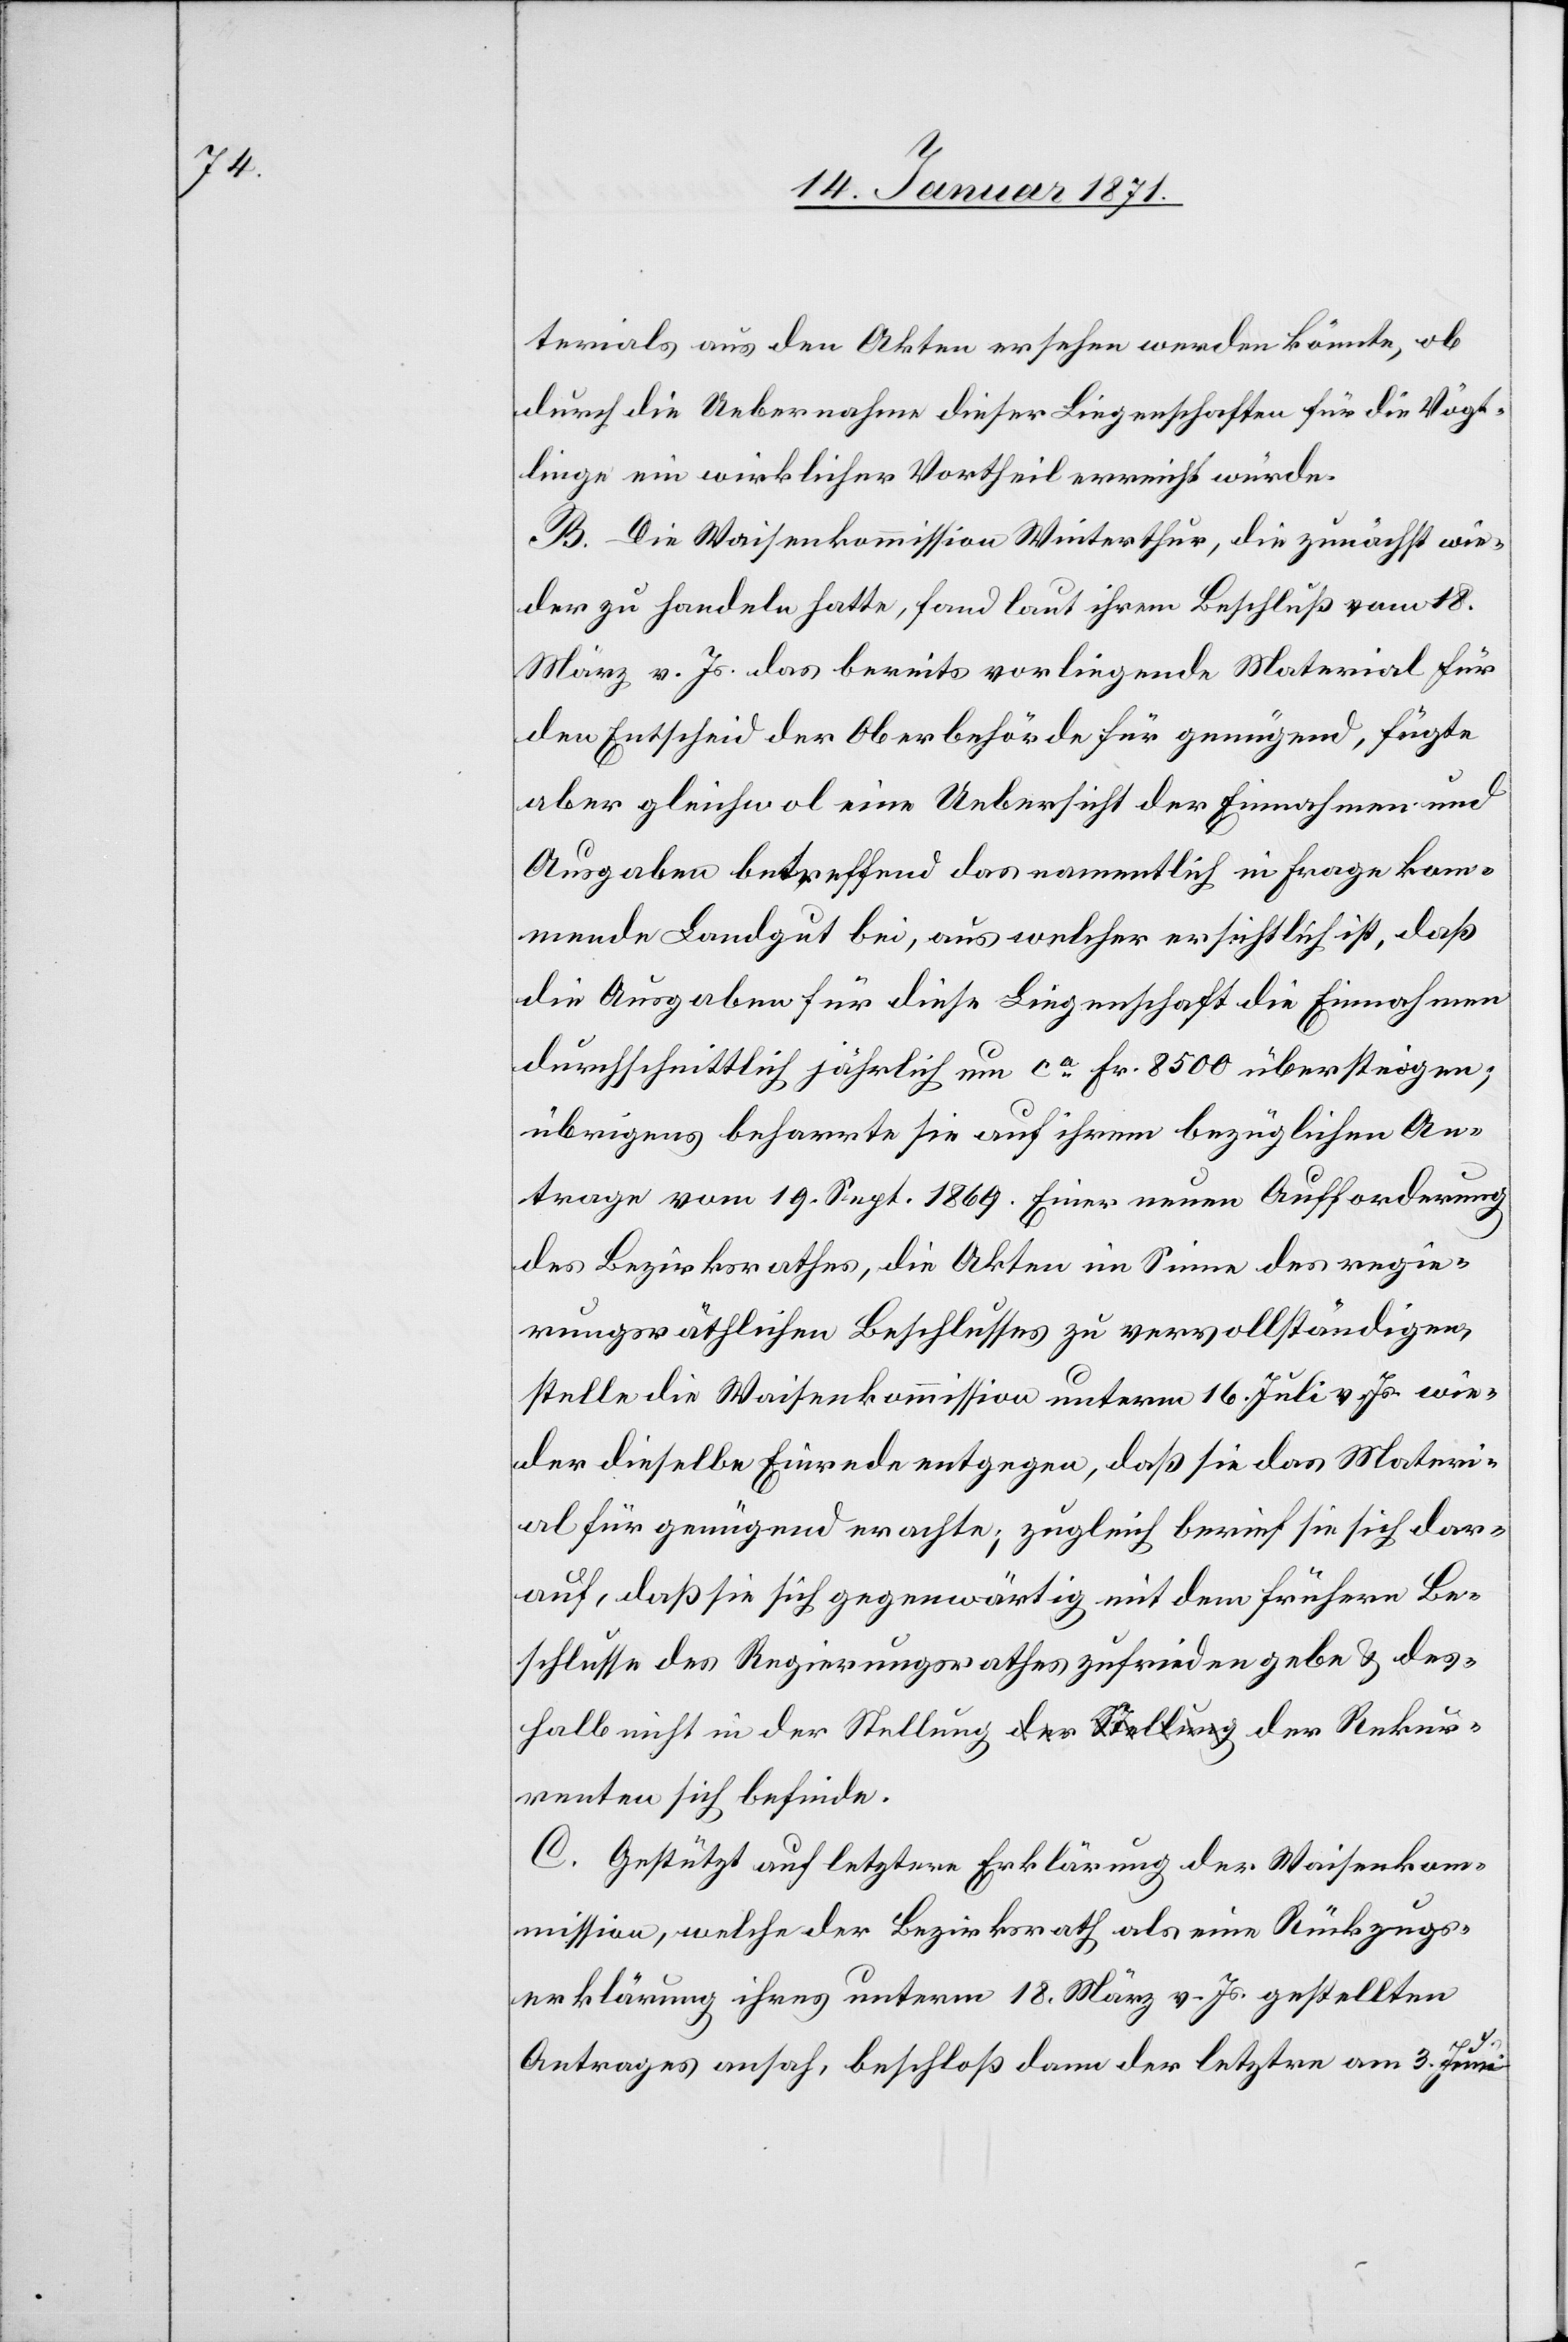
terials aus den Akten ersehen werden könnte, ob
durch die Uebernahme dieser Liegenschaften für die Vögt¬
linge ein wirklicher Vortheil erreicht würde.
B. Die Waisenkommission Winterthur, die zunächst wie¬
der zu handeln hatte, fand laut ihrem Beschluß vom 18.
März v. Js. das bereits vorliegende Material für
den Entscheid der Oberbehörde für genügend, fügte
aber gleichwol eine Uebersicht der Einnahmen und
Ausgaben betreffend das namentlich in Frage kom¬
mende Landgut bei, aus welcher ersichtlich ist, daß
die Ausgaben für diese Liegenschaft die Einnahmen
durchschnittlich jährlich um ca Fr. 8500 übersteigen;
übrigens beharrte sie auf ihrem bezüglichen An¬
trage vom 19. Sept. 1869. Einer neuen Aufforderung
des Bezirksrathes, die Akten im Sinne des regie¬
rungsräthlichen Beschlusses zu vervollständigen,
stelle die Waisenkommission unterm 16. Juli v. Js. wie¬
der dieselbe Einrede entgegen, das sie das Materi¬
al für genügend erachte; zugleich berief sie sich dar¬
auf, daß sie sich gegenwärtig mit dem frühern Be¬
schlusse des Regierungsrathes zufrieden gebe u. des¬
halb nicht in der Stellung der Rekurrenten sich
C. Gestützt auf letztere Erklärung der Waisenko¬
mmission, welche der Bezirksrath als eine Rückzugs¬
erklärung ihres unterm 18. März v. Js. gestellten
Antrages ansah, beschloß dann der letztre am 3. Juni